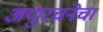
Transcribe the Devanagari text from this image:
अणुरचनेचा